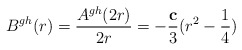
\begin{align*}B^{gh}(r) = \frac{A^{gh}(2r)}{2r} = - \frac{\bf c}{3} (r^2 - \frac{1}{4})\end{align*}